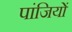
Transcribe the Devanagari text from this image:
पांजियों